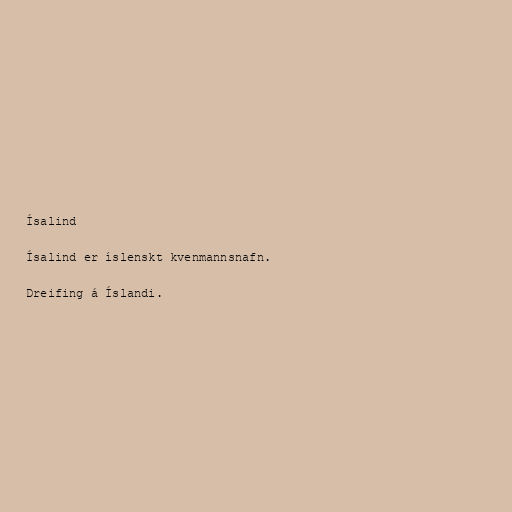
Ísalind

Ísalind er íslenskt kvenmannsnafn.

Dreifing á Íslandi.